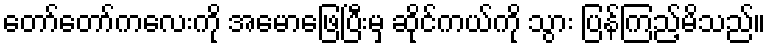
တော်တော်ကလေးကို အမောဖြေပြီးမှ ဆိုင်ကယ်ကို သွား ပြန်ကြည့်မိသည်။